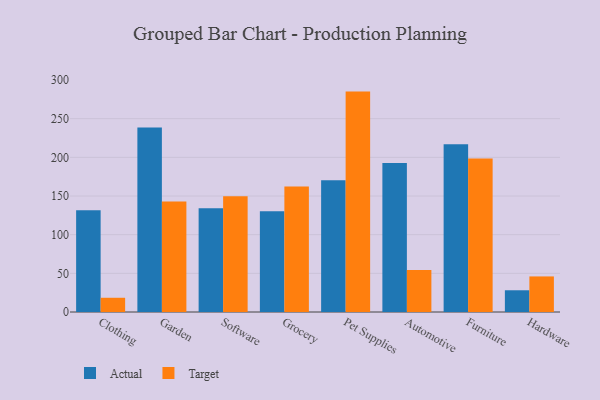
{"axis": {"x": "Category", "y": "Demand Index"}, "legend": ["Actual", "Target"], "data": [{"x": "Clothing", "y": 131.5, "type": "Actual"}, {"x": "Clothing", "y": 18.4, "type": "Target"}, {"x": "Garden", "y": 238.7, "type": "Actual"}, {"x": "Garden", "y": 142.8, "type": "Target"}, {"x": "Software", "y": 134.0, "type": "Actual"}, {"x": "Software", "y": 149.8, "type": "Target"}, {"x": "Grocery", "y": 130.2, "type": "Actual"}, {"x": "Grocery", "y": 162.4, "type": "Target"}, {"x": "Pet Supplies", "y": 170.3, "type": "Actual"}, {"x": "Pet Supplies", "y": 285.0, "type": "Target"}, {"x": "Automotive", "y": 192.7, "type": "Actual"}, {"x": "Automotive", "y": 54.4, "type": "Target"}, {"x": "Furniture", "y": 216.8, "type": "Actual"}, {"x": "Furniture", "y": 198.5, "type": "Target"}, {"x": "Hardware", "y": 28.1, "type": "Actual"}, {"x": "Hardware", "y": 46.0, "type": "Target"}]}